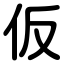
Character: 仮